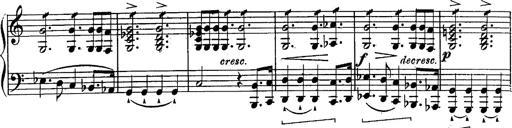
Title: Schubert's Impromptus [revised and edited by Franz Liszt]
Composer: Franz Liszt